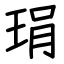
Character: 琄